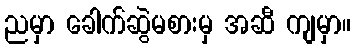
ညမှာ ခေါက်ဆွဲမစားမှ အဆီ ကျမှာ။